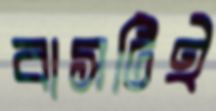
বাসটিই